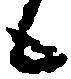
候